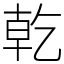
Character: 乾